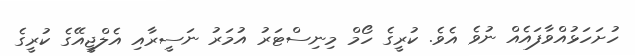
ހުށަހަޅުއްވާފައެއް ނުވެ އެވެ. ކުރީގެ ހޯމް މިނިސްޓަރު އުމަރު ނަސީރާއި އެލްޖީއޭގެ ކުރީގެ